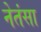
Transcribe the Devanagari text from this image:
नेतंसा